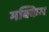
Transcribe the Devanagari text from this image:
मक्किम